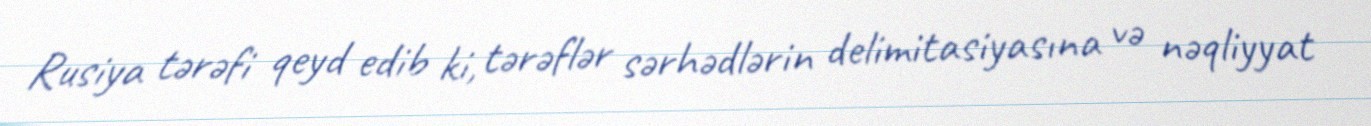
Rusiya tərəfi qeyd edib ki, tərəflər sərhədlərin delimitasiyasına və nəqliyyat